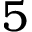
5